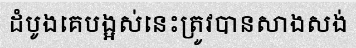
ដំបូងគេបង្អស់នេះត្រូវបានសាងសង់